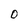
Character: O